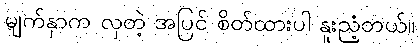
မျက်နှာက လှတဲ့ အပြင် စိတ်ထားပါ နူးညံ့တယ်။